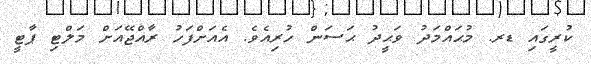
ކުރީގައި ޑރ. މުޙައްމަދު ވަޙީދު ޙަސަން ހުރިއެވެ. އެއަށްފަހު ރާއްޖޭއަށް މަލްޓި ޕާޓީ